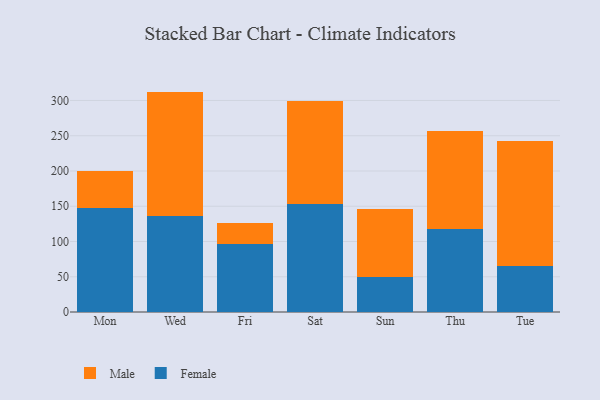
{"axis": {"x": "Day", "y": "LTV (USD)"}, "legend": ["Female", "Male"], "data": [{"x": "Mon", "y": 148.0, "type": "Female"}, {"x": "Mon", "y": 52.1, "type": "Male"}, {"x": "Wed", "y": 136.8, "type": "Female"}, {"x": "Wed", "y": 175.8, "type": "Male"}, {"x": "Fri", "y": 95.8, "type": "Female"}, {"x": "Fri", "y": 30.1, "type": "Male"}, {"x": "Sat", "y": 153.2, "type": "Female"}, {"x": "Sat", "y": 146.4, "type": "Male"}, {"x": "Sun", "y": 50.1, "type": "Female"}, {"x": "Sun", "y": 95.8, "type": "Male"}, {"x": "Thu", "y": 118.4, "type": "Female"}, {"x": "Thu", "y": 138.5, "type": "Male"}, {"x": "Tue", "y": 65.5, "type": "Female"}, {"x": "Tue", "y": 177.6, "type": "Male"}]}